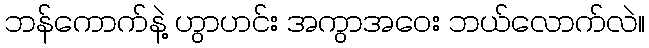
ဘန်ကောက်နဲ့ ဟွာဟင်း အကွာအဝေး ဘယ်လောက်လဲ။